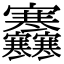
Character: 𡬜